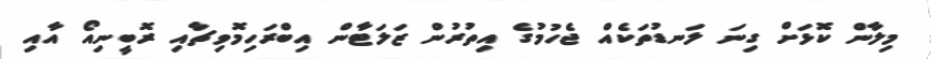
މިލާން ކޮޅަށް ގިނަ ލަނޑުތަކެއް ޖެހުމުގެ އިތުރުން ޒަލަޓާން އިބްރަހިމޮވިޗާއި ރޮބީނިއޯ އާއި